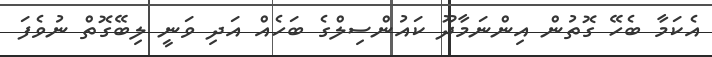
އެކަމާ ބެހޭ ގޮތުން އިންނަމާދޫ ކައުންސިލްގެ ބަހެއް އަދި ވަނީ ލިބޭގޮތް ނުވެފަ